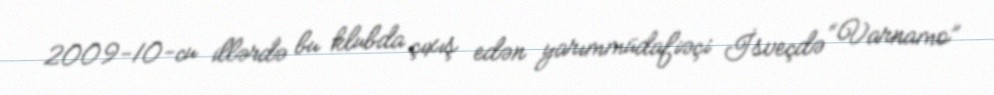
2009-10-cu illərdə bu klubda çıxış edən yarımmüdafiəçi İsveçdə “Varnamo”